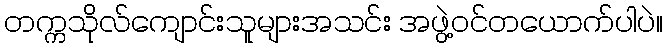
တက္ကသိုလ်ကျောင်းသူများအသင်း အဖွဲ့ဝင်တယောက်ပါပဲ။